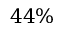
4 4 \%